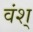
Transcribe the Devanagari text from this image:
वंश्